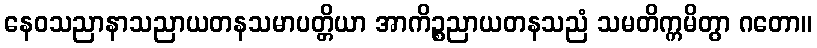
နေဝသညာနာသညာယတနသမာပတ္တိယာ အာကိဉ္စညာယတနသညံ သမတိက္ကမိတွာ ဂတော။